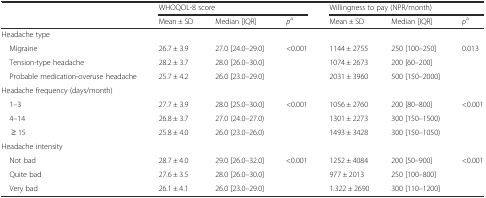
<table><thead><tr><td rowspan="2"></td><td colspan="3"><b>WHOQOL-8 score</b></td><td colspan="3"><b>Willingness to pay (NPR/month)</b></td></tr><tr><td><b>Mean ± SD</b></td><td><b>Median [IQR]</b></td><td><b><i>p</i><sup>a</sup></b></td><td><b>Mean ± SD</b></td><td><b>Median [IQR]</b></td><td><b><i>p</i><sup>a</sup></b></td></tr></thead><tbody><tr><td colspan="7">Headache type</td></tr><tr><td> Migraine</td><td>26.7 ± 3.9</td><td>27.0 [24.0–29.0]</td><td rowspan="3">&lt;0.001</td><td>1144 ± 2755</td><td>250 [100–250]</td><td rowspan="3">0.013</td></tr><tr><td> Tension-type headache</td><td>28.2 ± 3.7</td><td>28.0 [26.0–30.0]</td><td>1074 ± 2673</td><td>200 [60–200]</td></tr><tr><td> Probable medication-overuse headache</td><td>25.7 ± 4.2</td><td>26.0 [23.0–29.0]</td><td>2031 ± 3960</td><td>500 [150–2000]</td></tr><tr><td colspan="7">Headache frequency (days/month)</td></tr><tr><td> 1–3</td><td>27.7 ± 3.9</td><td>28.0 [25.0–30.0]</td><td rowspan="3">&lt;0.001</td><td>1056 ± 2760</td><td>200 [80–800]</td><td rowspan="3">&lt;0.001</td></tr><tr><td> 4–14</td><td>26.8 ± 3.7</td><td>27.0 (24.0–27.0)</td><td>1301 ± 2273</td><td>300 [150–1500)</td></tr><tr><td>≥ 15</td><td>25.8 ± 4.0</td><td>26.0 (23.0–26.0)</td><td>1493 ± 3428</td><td>300 [150–1050)</td></tr><tr><td colspan="7">Headache intensity</td></tr><tr><td> Not bad</td><td>28.7 ± 4.0</td><td>29.0 [26.0–32.0]</td><td rowspan="3">&lt;0.001</td><td>1252 ± 4084</td><td>200 [50–900]</td><td rowspan="3">&lt;0.001</td></tr><tr><td> Quite bad</td><td>27.6 ± 3.5</td><td>28.0 [26.0–30.0]</td><td>977 ± 2013</td><td>250 [100–800]</td></tr><tr><td> Very bad</td><td>26.1 ± 4.1</td><td>26.0 [23.0–29.0]</td><td>1.322 ± 2690</td><td>300 [110–1200]</td></tr></tbody></table>